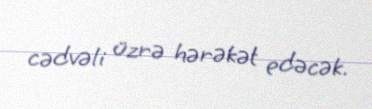
cədvəli üzrə hərəkət edəcək.